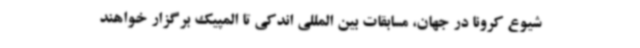
شیوع کرونا در جهان، مسابقات بین المللی اندکی تا المپیک برگزار خواهند